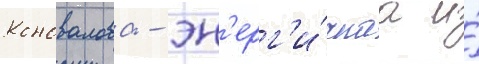
Коновалова - эн'ерг'и́чнаа и́